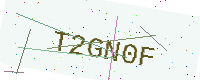
Text: T2GN0F